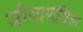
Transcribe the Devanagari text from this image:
जीवाणविक